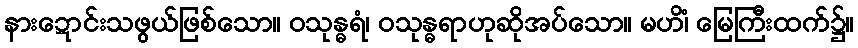
နားဍောင်းသဖွယ်ဖြစ်သော။ ဝသုန္ဓရံ၊ ဝသုန္ဓရာဟုဆိုအပ်သော။ မဟိံ၊ မြေကြီးထက်၌။